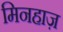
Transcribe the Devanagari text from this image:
मिनहाज़